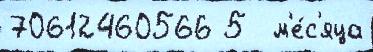
70612460566 5  м'е́с'яца